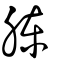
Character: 腖